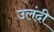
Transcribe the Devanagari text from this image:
उलंदी